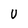
Character: U